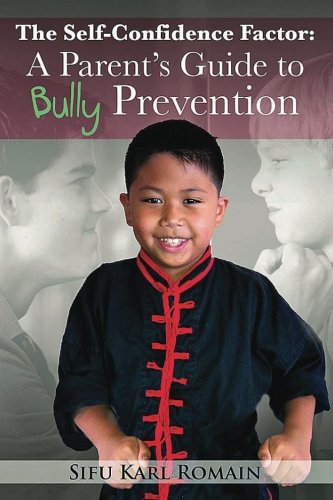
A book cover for The Self-Confidence Factor: A Parent's Guide to Bully Prevention; Sifu Karl Romain; Teen & Young Adult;